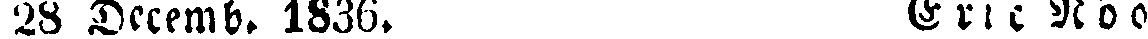
28 Decemb. 1836. Eric Nöö.